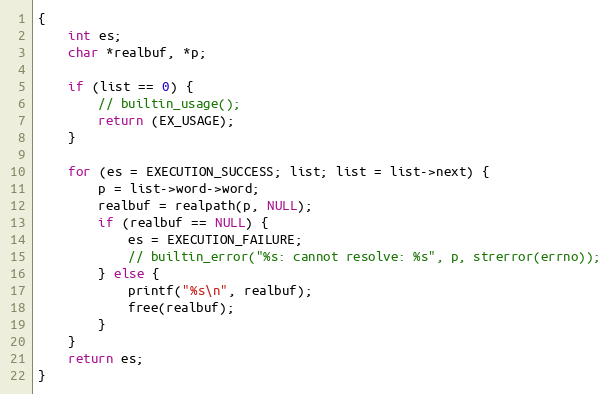
Language: C
{
	int es;
	char *realbuf, *p;

	if (list == 0) {
		// builtin_usage();
		return (EX_USAGE);
	}

	for (es = EXECUTION_SUCCESS; list; list = list->next) {
		p = list->word->word;
		realbuf = realpath(p, NULL);
		if (realbuf == NULL) {
			es = EXECUTION_FAILURE;
			// builtin_error("%s: cannot resolve: %s", p, strerror(errno));
		} else {
			printf("%s\n", realbuf);
			free(realbuf);
		}
	}
	return es;
}